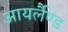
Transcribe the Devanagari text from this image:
आयर्लैण्ड